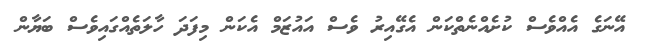
އޭނަގެ އެއްވެސް ކުށެއްނެތްކަން އެގޭއިރު ވެސް އައުޒަމް އެކަން މިފަދަ ހާލަތެއްގައިވެސް ބަޔާން